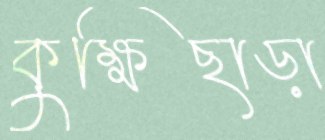
কুক্ষিছাড়া